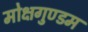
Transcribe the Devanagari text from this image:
मोक्षगुण्डम